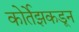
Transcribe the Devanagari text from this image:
कोर्तेझकडून